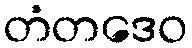
တံတဒေဝ